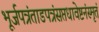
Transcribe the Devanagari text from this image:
भूर्जपत्रंताडपत्रंसप्तधावेष्टनंस्मृतं